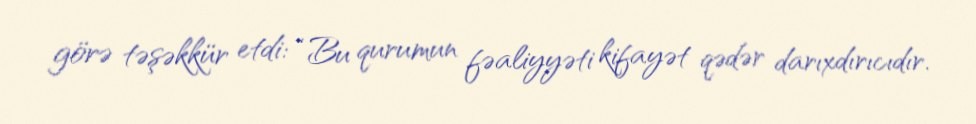
görə təşəkkür etdi: “Bu qurumun fəaliyyəti kifayət qədər darıxdırıcıdır.